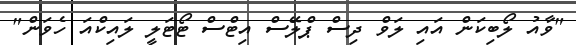
"ވާއު ލޯބިކަން އައި ލަވް ދިސް ޕްލޭސް އިޓްސް ޓޯޓަލީ ލައިކްއަ ހެވަން"